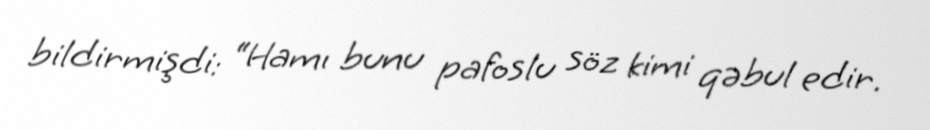
bildirmişdi: “Hamı bunu pafoslu söz kimi qəbul edir.